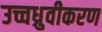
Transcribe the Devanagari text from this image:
उच्चध्रुवीकरण